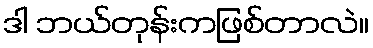
ဒါ ဘယ်တုန်းကဖြစ်တာလဲ။